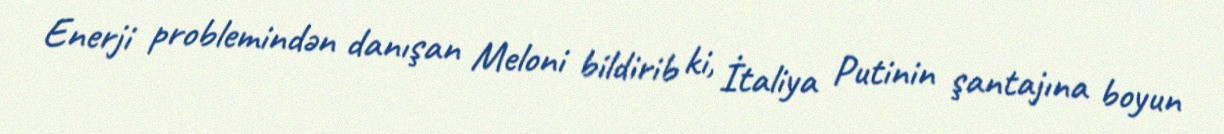
Enerji problemindən danışan Meloni bildirib ki, İtaliya Putinin şantajına boyun